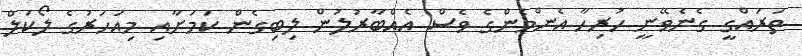
ތަރައްގީ ގެނެވޭނީ ހުރިހާ އެންމެންގެ ވެސް އެއްބާރުލުން ލިބިގެން ކަމަށާއި މިއަހަރުގެ ލޯކަލް